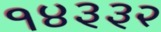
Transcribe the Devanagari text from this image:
१४३३२